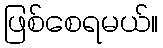
ဖြစ်စေရမယ်။